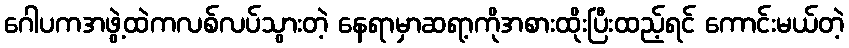
ဂေါပကအဖွဲ့ထဲကလစ်လပ်သွားတဲ့ နေရာမှာဆရာ့ကိုအစားထိုးပြီးထည့်ရင် ကောင်းမယ်တဲ့